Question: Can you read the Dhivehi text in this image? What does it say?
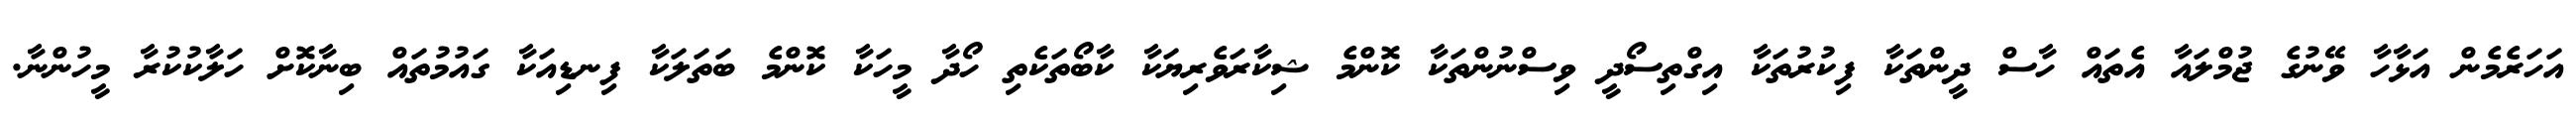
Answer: އަހަރެމެން އަޅާހާ ވޭނުގެ ޖުމްލައާ އެތައް ހާސް ދީންތަކާ ފިކުރުތަކާ އިގްތިސޯދީ ވިސްނުންތަކާ ކޮންމެ ޝިކާރަވެރިޔަކާ ކާބޯތަކެތި ހޯދާ މީހަކާ ކޮންމެ ބަތަލަކާ ފިނޑިއަކާ ގައުމުތައް ބިނާކޮށް ހަލާކުކުރާ މީހުންނާ.